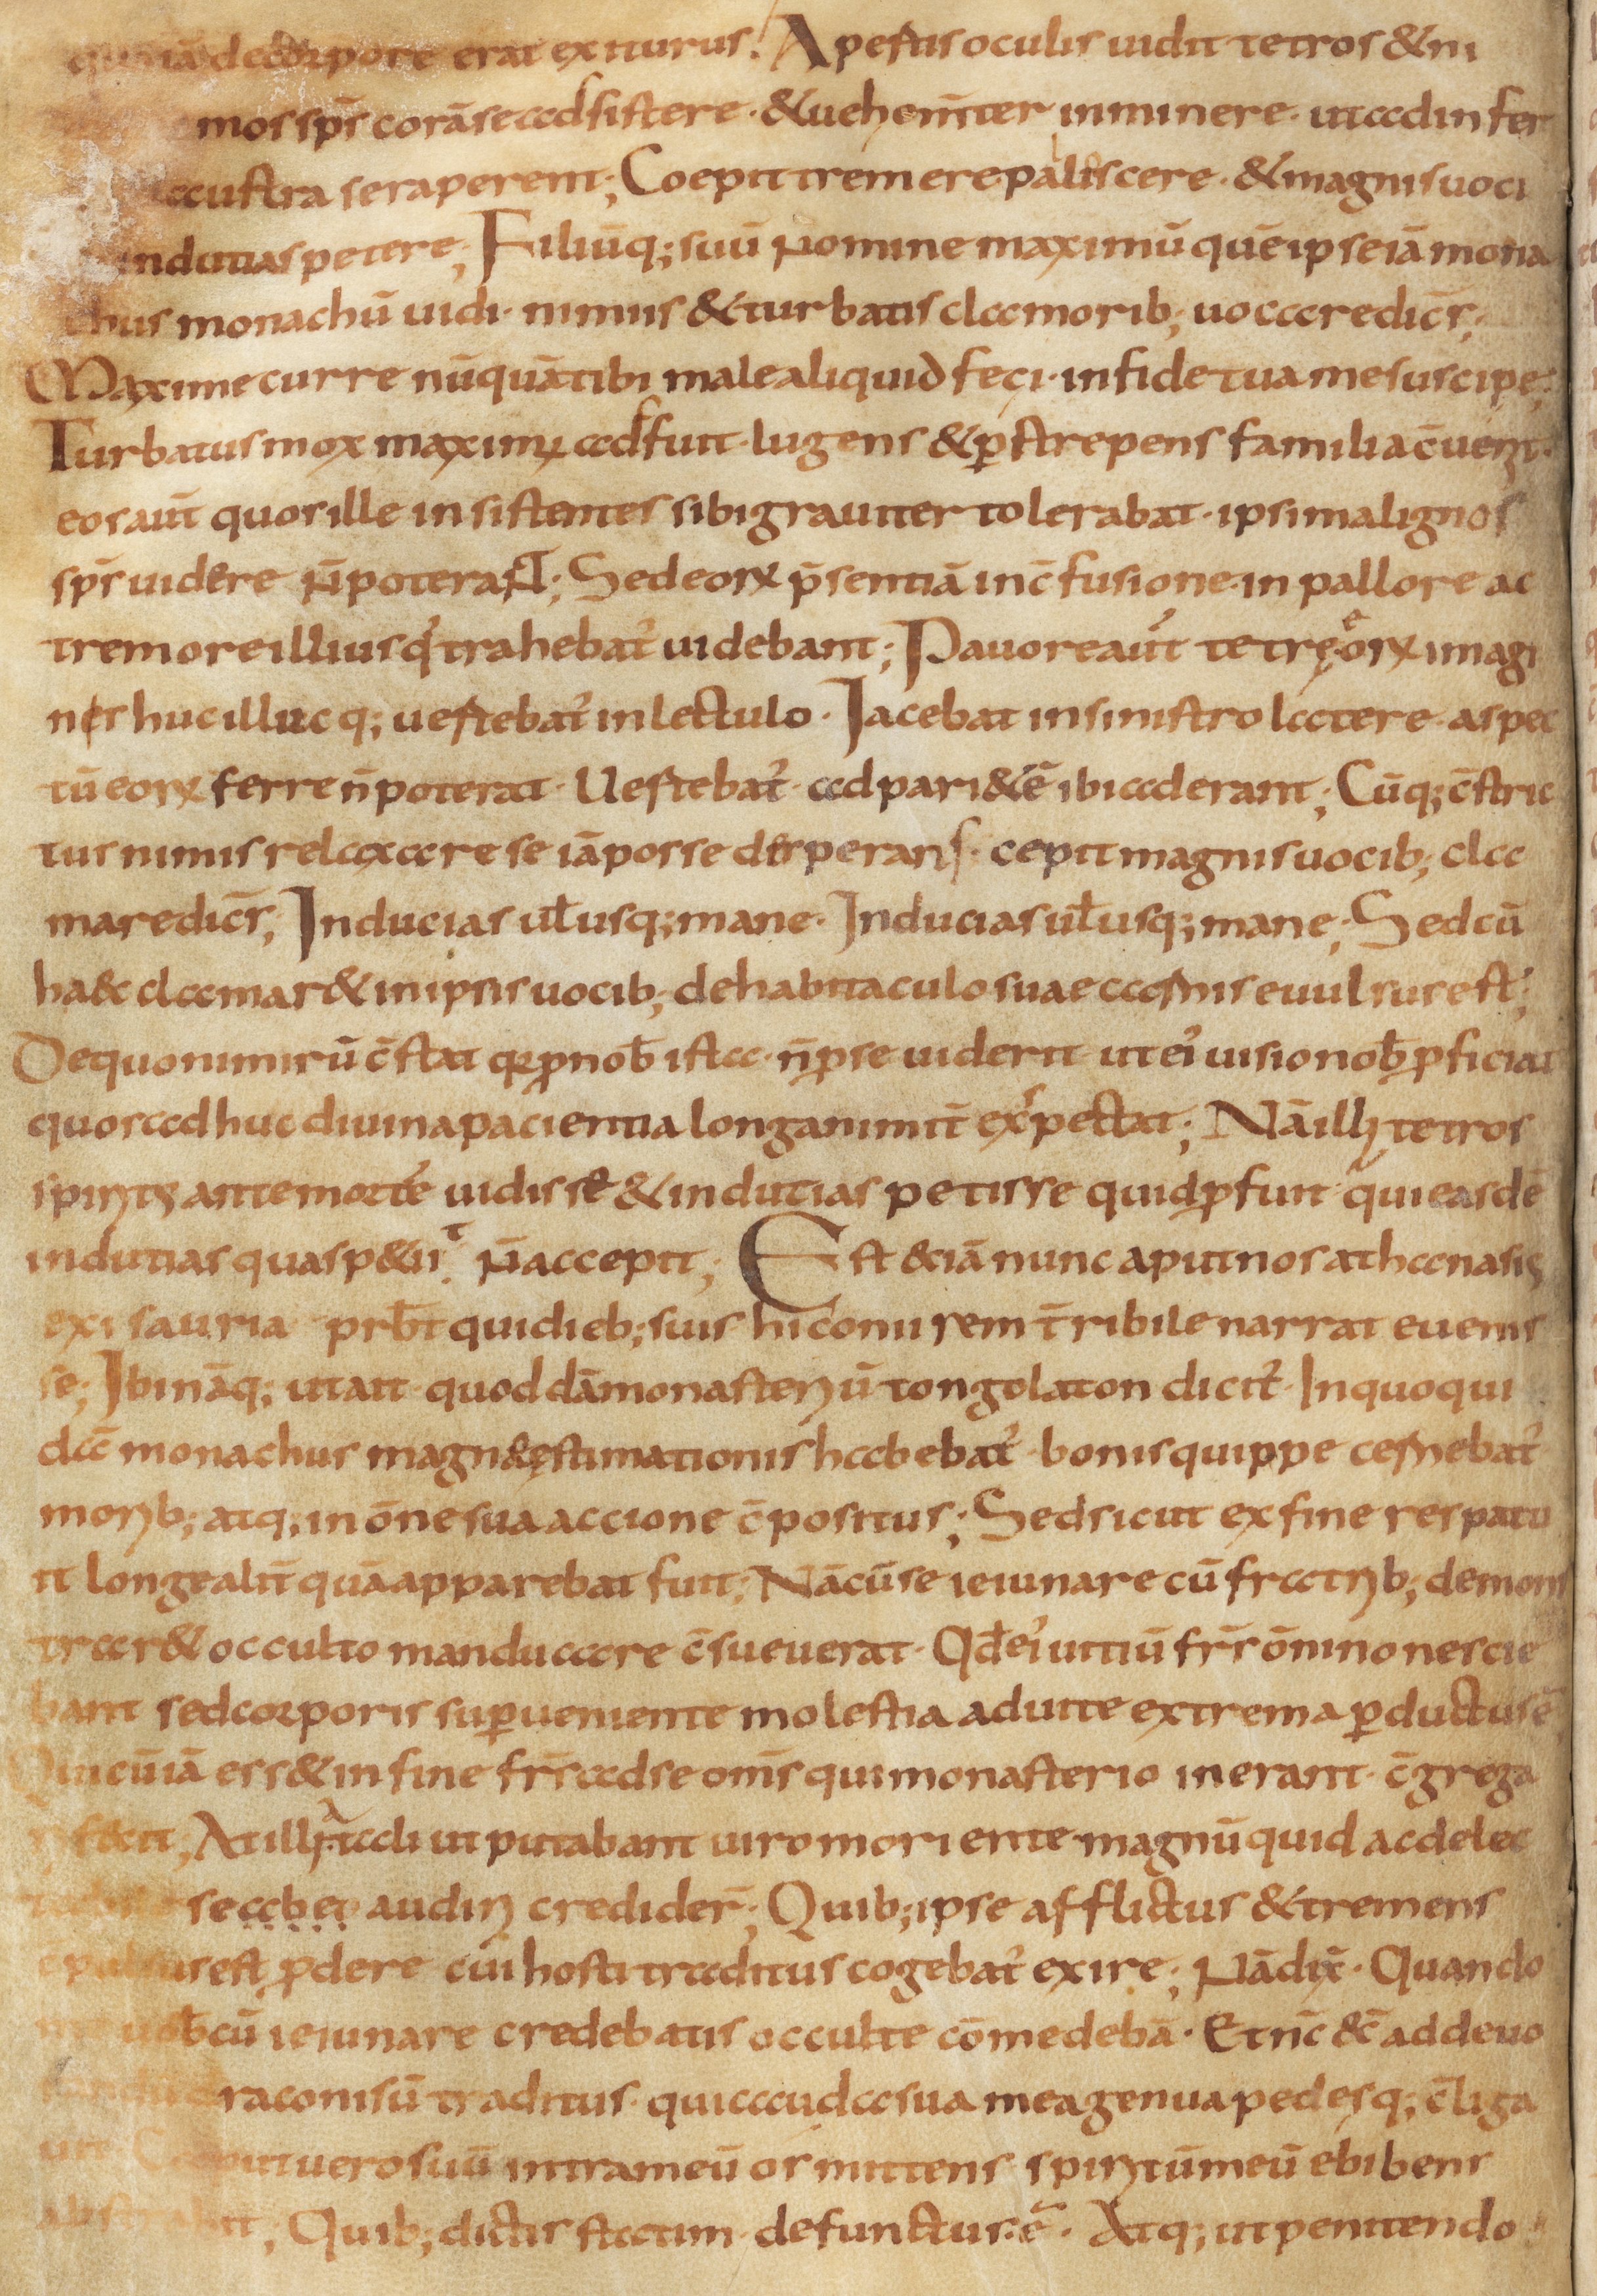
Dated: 800–849